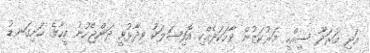
އަދި މަރަދޫ ސިއްހީ މަރުކަޒުން ވާހަކަދެއްކި އޮފިޝަލަކު ވިދާޅުވީ ދަންޖެހުނު މީހާގެ ހަށިގަނޑު